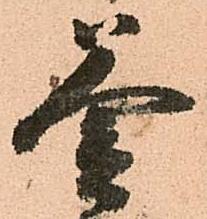
釜